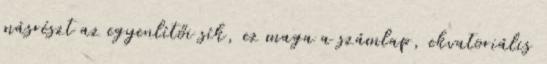
másrészt az egyenlítői sík, ez maga a számlap, ekvatoriális